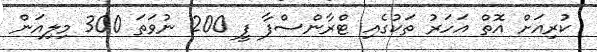
ކުރިއަށް އޮތް އަހަރު ތަކުގެއި ޓްރާންސްފާ ފީ 200 ނުވަތަ 300 މިލިއަން